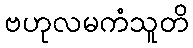
ဗဟုလမကံသူတိ